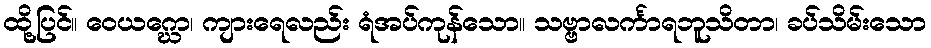
ထို့ပြင်။ ဝေယဂ္ဃော၊ ကျားရေလည်း ရံအပ်ကုန်သော။ သဗ္ဗာလင်္ကာရဘူသိတာ၊ ခပ်သိမ်းသော